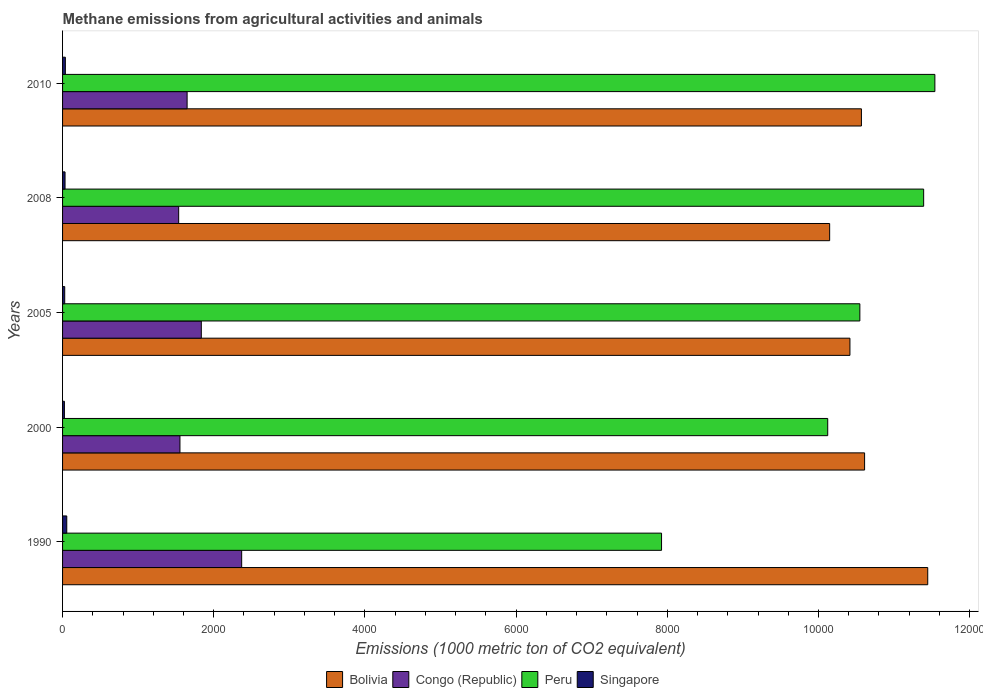
| Years | Bolivia | Congo (Republic) | Peru | Singapore |
 | --- | --- | --- | --- | --- |
 | 1990 | 1.14e+04 | 2.37e+03 | 7.92e+03 | 55.6 |
 | 2000 | 1.06e+04 | 1.55e+03 | 1.01e+04 | 24.4 |
 | 2005 | 1.04e+04 | 1.84e+03 | 1.05e+04 | 28.4 |
 | 2008 | 1.01e+04 | 1.54e+03 | 1.14e+04 | 32.8 |
 | 2010 | 1.06e+04 | 1.65e+03 | 1.15e+04 | 36.9 |